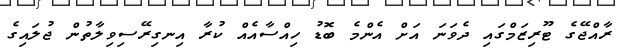
ރާއްޖޭގެ ޓޫރިޒަމްގައި ދެވަނަ އަށް އެންމެ ބޮޑު ހިއްސާއެއް ކުރާ އިނގިރޭސިވިލާތުން ޖުލައިގެ